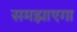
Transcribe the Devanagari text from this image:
समझाएगा